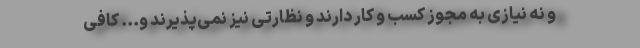
و نه نیازی به مجوز کسب و کار دارند و نظارتی نیز نمی‌پذیرند و... کافی